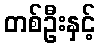
တစ်ဦးနှင့်